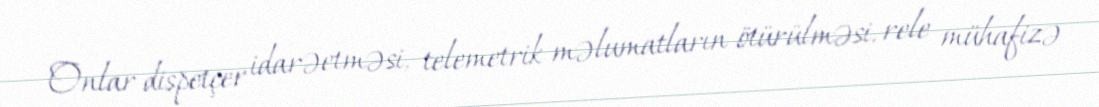
Onlar dispetçer idarəetməsi, telemetrik məlumatların ötürülməsi, rele mühafizə